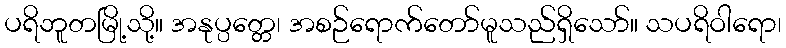
ပရိဘူတမြို့သို့။ အနုပ္ပတ္တေ၊ အစဉ်ရောက်တော်မူသည်ရှိသော်။ သပရိဝါရော၊